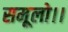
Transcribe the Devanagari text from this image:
समूलो।।